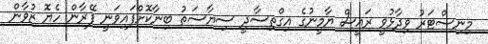
މިނިސްޓަރު ވިދާޅުވީ ރައީސް ޔާމީނުގެ އިގްތިސާދީ ސިޔާސަތު ބިނާކޮށްފައިވަނީ ފޭރާން ހެޔޮ ޒުވާން